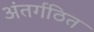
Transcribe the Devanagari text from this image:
अंतर्गठित